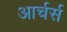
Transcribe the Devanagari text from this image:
आर्चर्स